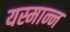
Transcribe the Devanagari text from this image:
यस्मान्न